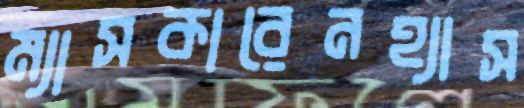
ম্যাসকারেনহ্যাস